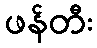
ဖန်တီး